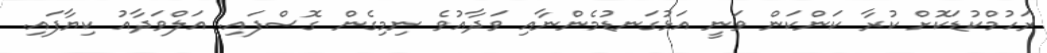
ރަހުމްކުޑަކޮށް ކުރާ ކަންކަން ވަނީ އަޅުގަނޑުމެންނާއި ވަދާއުވެ ނިމިގެން ގޮސްފައި. އަލްވަދާއު ކިޔާފައި.